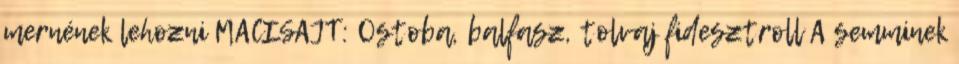
mernének lehozni MACISAJT: Ostoba, balfasz, tolvaj fidesztroll A semminek